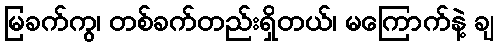
မြခက်ကွ၊ တစ်ခက်တည်းရှိတယ်၊ မကြောက်နဲ့ ချ